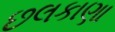
છલકાણા